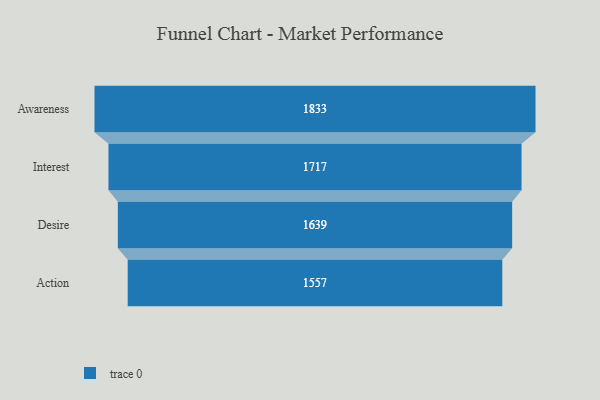
{"axis": {"x": "Stage", "y": "Value"}, "legend": [""], "data": [{"x": "Awareness", "y": 1833.0, "type": ""}, {"x": "Interest", "y": 1717.0, "type": ""}, {"x": "Desire", "y": 1639.0, "type": ""}, {"x": "Action", "y": 1557.0, "type": ""}]}